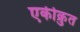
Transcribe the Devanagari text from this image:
एकीक्रुत